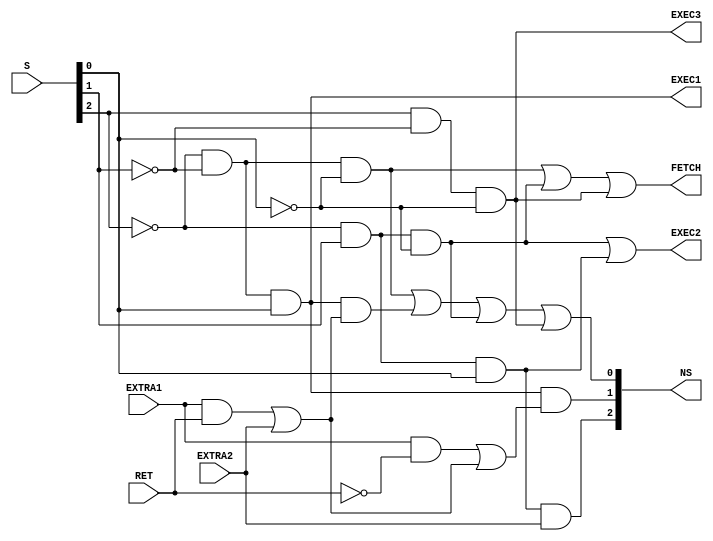
module StateMachine
(
	input [2:0] S,
	input EXTRA1,
	input EXTRA2,
	input RET,
	output [2:0] NS,
	output FETCH,
	output EXEC1,
	output EXEC2,
	output EXEC3
);

	//original
	/*assign NS[2] = 0;
	assign NS[1] = (~S[1] & S[0] & EXTRA1) | (S[1] & ~S[0] & EXTRA2);
	assign NS[0] = ~S[0] & (~S[1] | EXTRA2);
	
	assign FETCH = ~S[2] & ~S[1] & ~S[0]; //| (S[1] & ~S[0] & ~EXTRA2) | (S[1] & S[0]);
	assign EXEC1 = ~S[2] & ~S[1] & S[0];
	assign EXEC2 = ~S[2] & S[1] & ~S[0];
	assign EXEC3 = ~S[2] & S[1] & S[0];*/
	
	//old pipeline
	/*assign NS[2] = 0;
	assign NS[1] = (~S[1] & S[0] & EXTRA1) | (S[1] & ~S[0] & EXTRA2);
	assign NS[0] = (~RET & ((~S[1] & ~S[0]) | (S[1] & ~S[0]))) | (RET & (~S[0] & (~S[1] | (EXTRA2)))) ;
	
	assign FETCH = ~S[1] & ~S[0];
	assign EXEC1 = ~S[1] & S[0];
	assign EXEC2 = S[1] & ~S[0];
	assign EXEC3 = S[1] & S[0];*/
	
	//new pipeline
	assign NS[2] = ~S[2] & S[1] & S[0] & EXTRA2;
	assign NS[1] = ~S[2] & ~S[1] & S[0] & ((EXTRA1 & ~RET) | ((EXTRA1 & RET) | EXTRA2));
	assign NS[0] = (~S[2] & ~S[1] & ~S[0]) | (~S[2] & ~S[1] & S[0] & ((EXTRA1 & RET) | EXTRA2)) | (~S[2] & S[1] & ~S[0]) | (S[2] & ~S[1] & ~S[0]);
	 

	assign FETCH = (~S[2] & ~S[1] & ~S[0]) | (~S[2] & S[1] & ~S[0]) | (S[2] & ~S[1] & ~S[0]);
	assign EXEC1 = (~S[2] & ~S[1] & S[0]);
	assign EXEC2 = (~S[2] & S[1] & ~S[0]) | (~S[2] & S[1] & S[0]);
	assign EXEC3 = (S[2] & ~S[1] & ~S[0]);
	
	
	
endmodule